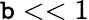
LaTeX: \mathtt{b}<<1